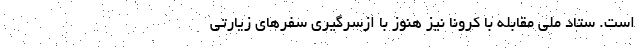
است. ستاد ملی مقابله با کرونا نیز هنوز با ازسرگیری سفرهای زیارتی